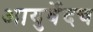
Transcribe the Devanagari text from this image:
आयुर्वेदच